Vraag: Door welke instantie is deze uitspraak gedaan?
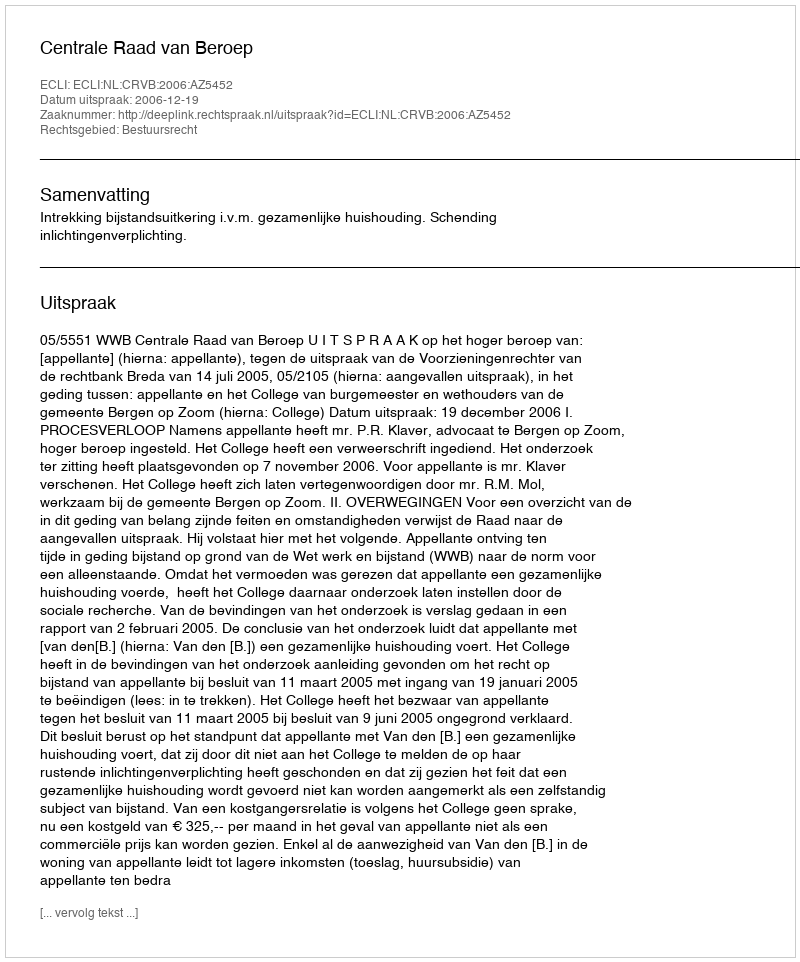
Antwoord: Centrale Raad van Beroep